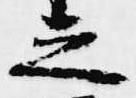
之